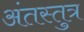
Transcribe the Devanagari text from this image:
अंतस्तुत्र